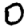
Digit: 0